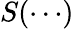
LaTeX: S(\cdots)